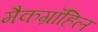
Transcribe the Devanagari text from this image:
मैकग्रॉहिल